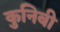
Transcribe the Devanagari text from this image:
कुनिबी